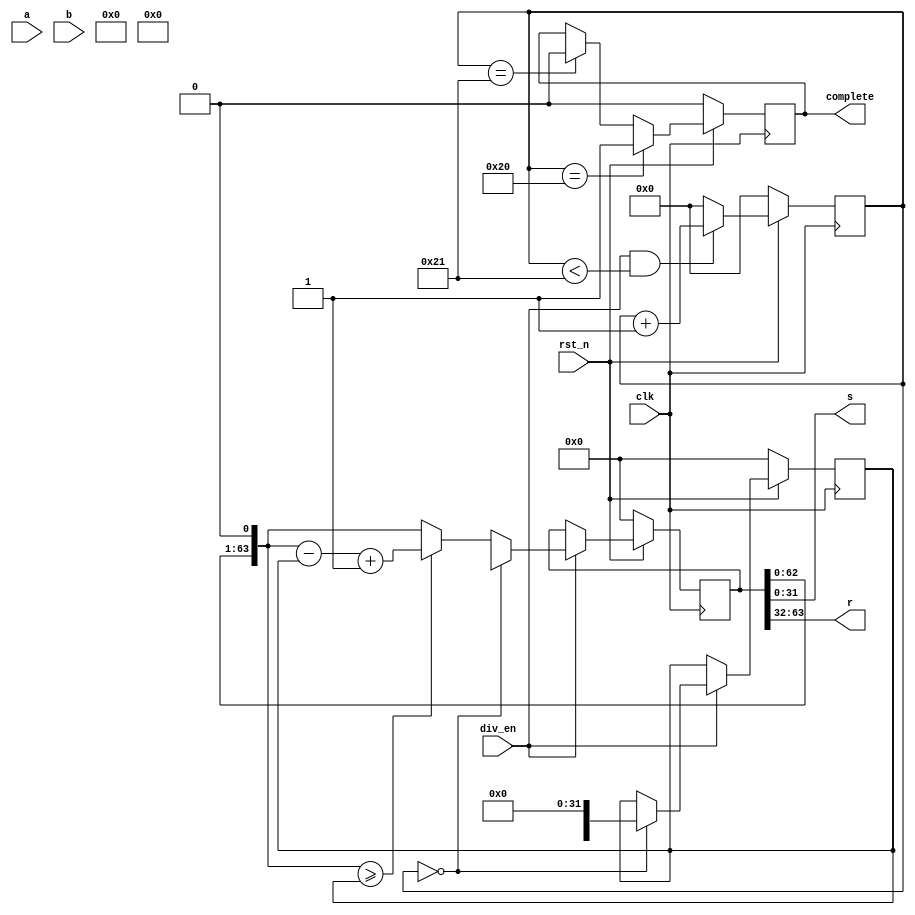
module div32(
        input clk,rst_n,
        input div_en,
        input [31:0] a, 
        input [31:0] b,
        output complete,
        output [31:0] s,
        output [31:0] r
        ); 
reg[63:0] temp_a;
reg[63:0] temp_b;
reg[5:0] counter;
reg done_r;
//------------------------------------------------
always @(posedge clk )begin
    if(!rst_n) counter <= 6'd0;
    else if(div_en && counter < 6'd33) counter <= counter+1'b1; 
    else counter <= 6'd0;
end
//------------------------------------------------
always @(posedge clk )
    if(!rst_n) done_r <= 1'b0;
    else if(counter == 6'd32) done_r <= 1'b1;        
    else if(counter == 6'd33) done_r <= 1'b0;        
assign complete = done_r;
//------------------------------------------------
always @ (posedge clk )begin
    if(!rst_n) begin
        temp_a <= 64'h0;
        temp_b <= 64'h0;
    end
    else if(div_en) begin
        if(counter == 6'd0) begin
            temp_a = {32'h00000000,tempa};
            temp_b = {tempb,32'h00000000}; 
        end
        else begin
            temp_a = temp_a << 1;
      if(temp_a >= temp_b) temp_a = temp_a - temp_b + 1'b1;
      else temp_a = temp_a;
        end
     end
end
 
assign s = temp_a[31:0];
assign r = temp_a[63:32];
endmodule